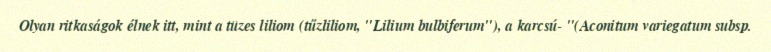
Olyan ritkaságok élnek itt, mint a tüzes liliom (tűzliliom, "Lilium bulbiferum"), a karcsú- "(Aconitum variegatum subsp.